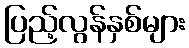
ပြည့်လွန်နှစ်များ